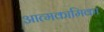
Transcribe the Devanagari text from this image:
आत्मकामिका